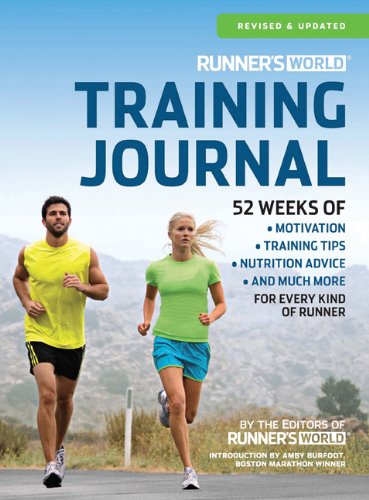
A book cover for Runner's World Training Journal: A Daily Dose of Motivation, Training Tips & Running Wisdom for Every Kind of Runner--From Fitness Runners to Competitive Racers; The Editors of Runner's World; Health, Fitness & Dieting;